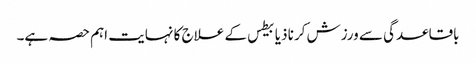
باقاعدگی سے ورزش کرنا ذیابیطس کے علاج کا نہایت اہم حصہ ہے۔